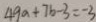
4 9 a + 7 b = - 3